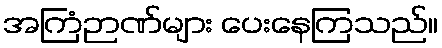
အကြံဉာဏ်များ ပေးနေကြသည်။